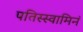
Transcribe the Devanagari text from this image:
पतिस्स्वामिनं